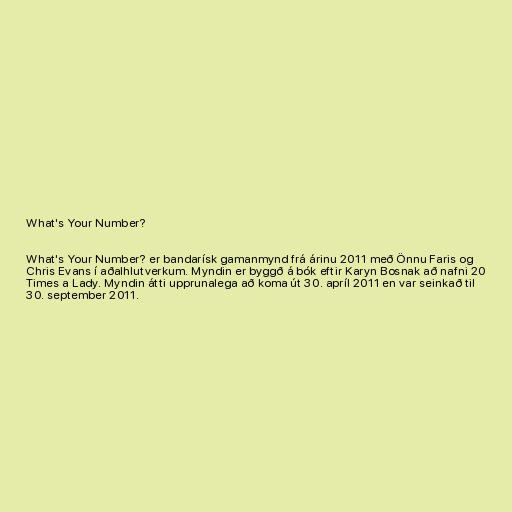
What's Your Number?

What's Your Number? er bandarísk gamanmynd frá árinu 2011 með Önnu Faris og
Chris Evans í aðalhlutverkum. Myndin er byggð á bók eftir Karyn Bosnak að nafni 20
Times a Lady. Myndin átti upprunalega að koma út 30. apríl 2011 en var seinkað til
30. september 2011.